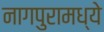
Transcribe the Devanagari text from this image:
नागपुरामध्ये